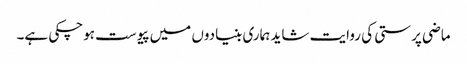
ماضی پرستی کی روایت شاید ہماری بنیادوں میں پیوست ہوچکی ہے۔